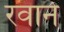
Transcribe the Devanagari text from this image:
रवाने